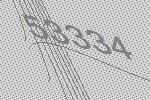
53334